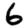
Digit: 6